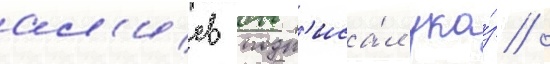
ал'иев подп'иса́л ука́з /